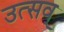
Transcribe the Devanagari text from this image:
उत्सव्